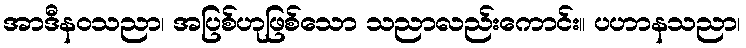
အာဒီနဝသညာ၊ အပြစ်ဟုဖြစ်သော သညာလည်းကောင်း။ ပဟာနသညာ၊